Civil Veterinary Department Bengal reports 1933-51 - 1933-1951
Year: 1933
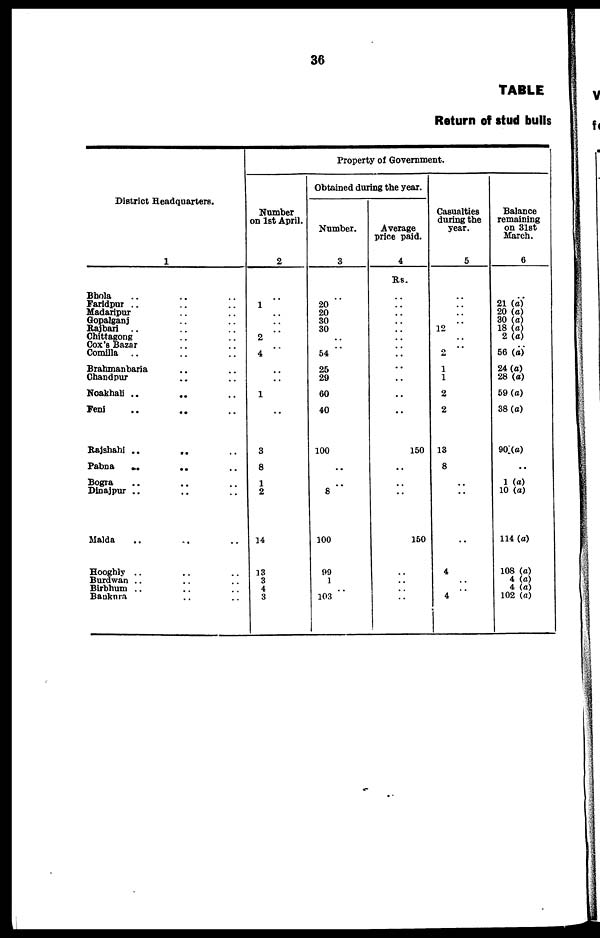
36
TABLE
Return of stud bulls
District Headquarters.
1
Bhola .. .. ..
Faridpur .. .. ..
Madaripur .. ..
Gopalganj .. ..
Rajbari .. .. ..
Chittagong .. ..
Cox's Bazar .. ..
Comilla .. .. ..
Brahmanbaria .. ..
Chandpur .. ..
Noakhali ..
..
..
Feni .. .. ..
Rajshahi
..
..
..
Pabna
..
.. ..
Bogra .. .. ..
Dinajpur .. .. ..
Malda .. .. ..
Hooghly .. .. ..
Burdwan .. .. ..
Birbhum .. .. ..
Bauknra .. ..
Property of Government
Number
on 1st April.
2
..
1
..
..
..
2
..
4
..
..
1
..
3
8
1
2
14
13
3
4
3
Obtained during the year.
Number.
3
..
20
20
30
30
..
54
25
29
60
40
100
..
..
8
100
99
1
..
103
Average
price paid.
4
Rs.
..
..
..
..
..
..
..
..
..
..
..
..
150
..
..
..
150
..
..
..
..
Casualties
during the
year.
5
..
..
..
..
12
..
..
2
1
1
2
2
13
8
..
..
..
4
..
..
4
Balance
remaining
on 31st
March.
6
21 (a)
20 (a)
30 (a)
18 (a)
2 (a)
56 (a)
24(a)
28 (a)
59(a)
38(a)
901(a)
1 (a)
10 (a)
114 (a)
108 (a)
4 (a)
4 (a)
102 (a)